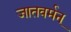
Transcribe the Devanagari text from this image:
जातवर्मन्‌